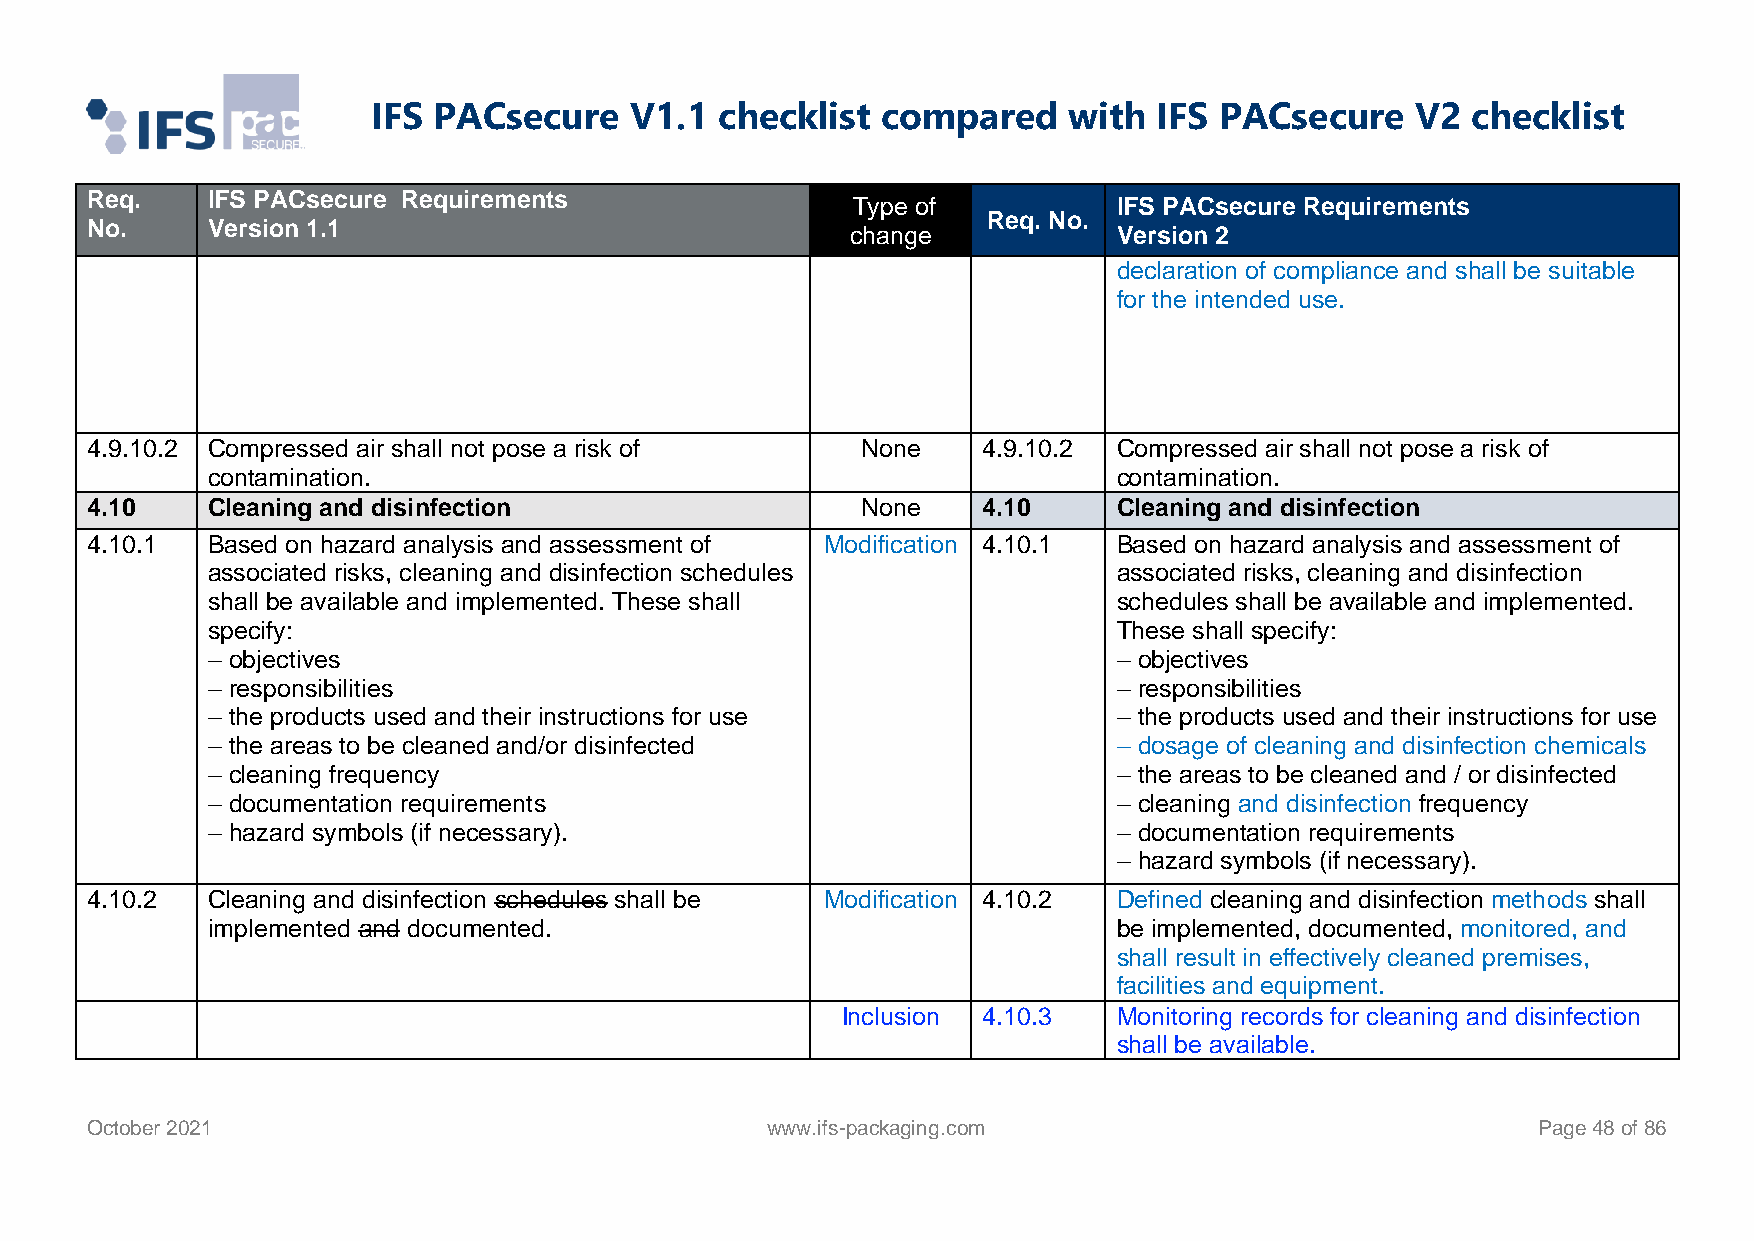
IFS PACsecure    V1.1  checklist compared     with  IFS PACsecure    V2 checklist
 Req.    IFS PACsecure Requirements
 Type of           IFS PACsecure Requirements
 Req. No.
 No.     Version 1.1                               change            Version 2
 declaration of compliance and shall be suitable
 for the intended use.
 4.9.10.2 Compressed air shall not pose a risk of   None    4.9.10.2 Compressed air shall not pose a risk of
 contamination.                                              contamination.
 4.10    Cleaning and disinfection                  None    4.10     Cleaning and disinfection
 4.10.1  Based on hazard analysis and assessment of Modification 4.10.1 Based on hazard analysis and assessment of
 associated risks, cleaning and disinfection schedules       associated risks, cleaning and disinfection
 shall be available and implemented. These shall             schedules shall be available and implemented.
 specify:                                                    These shall specify:
 – objectives                                                – objectives
 – responsibilities                                          – responsibilities
 – the products used and their instructions for use          – the products used and their instructions for use
 – the areas to be cleaned and/or disinfected                – dosage of cleaning and disinfection chemicals
 – cleaning frequency                                        – the areas to be cleaned and / or disinfected
 – documentation requirements                                – cleaning and disinfection frequency
 – hazard symbols (if necessary).                            – documentation requirements
 – hazard symbols (if necessary).
 4.10.2  Cleaning and disinfection schedules shall be Modification 4.10.2 Defined cleaning and disinfection methods shall
 implemented and documented.                                 be implemented, documented, monitored, and
 shall result in effectively cleaned premises,
 facilities and equipment.
 Inclusion 4.10.3  Monitoring records for cleaning and disinfection
 shall be available.
 October 2021                                 www.ifs-packaging.com                              Page 48 of 86